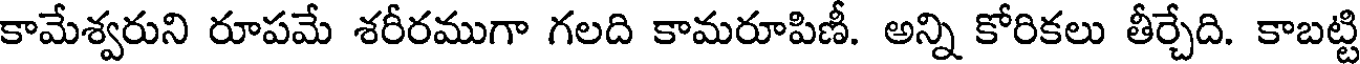
కామేశ్వరుని రూపమే శరీరముగా గలది కామరూపిణీ. అన్ని కోరికలు తీర్చేది. కాబట్టి